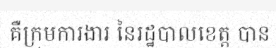
គឺក្រុមការងារ នៃរដ្ឋបាលខេត្ត បាន